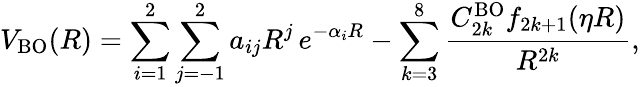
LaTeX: V_{\mathrm{BO}}(R)=\sum_{i=1}^{2}\sum_{j=-1}^{2}a_{ij}R^{j}\, e^{-\alpha_{i}R}-\sum_{k=3}^{8}\frac{C_{2k}^{\mathrm{BO}}f_{2k+1}(\eta R)}{R^{2k}},